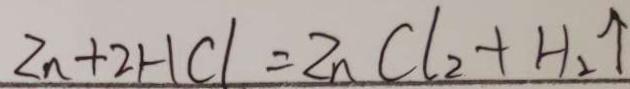
Z n + 2 H C l = Z n C l _ { 2 } + H _ { 2 } \uparrow